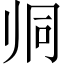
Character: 𱍯